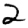
Digit: 2